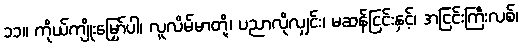
၁၁။ ကိုယ်ကျိုးမြှော်ပါ၊ လူလိမ်မာတို့၊ ပညာလိုလျှင်း၊ မဆန်ငြင်းနှင့်၊ အငြင်းကြီးလစ်၊